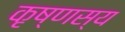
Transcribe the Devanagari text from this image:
कृष्णस्य